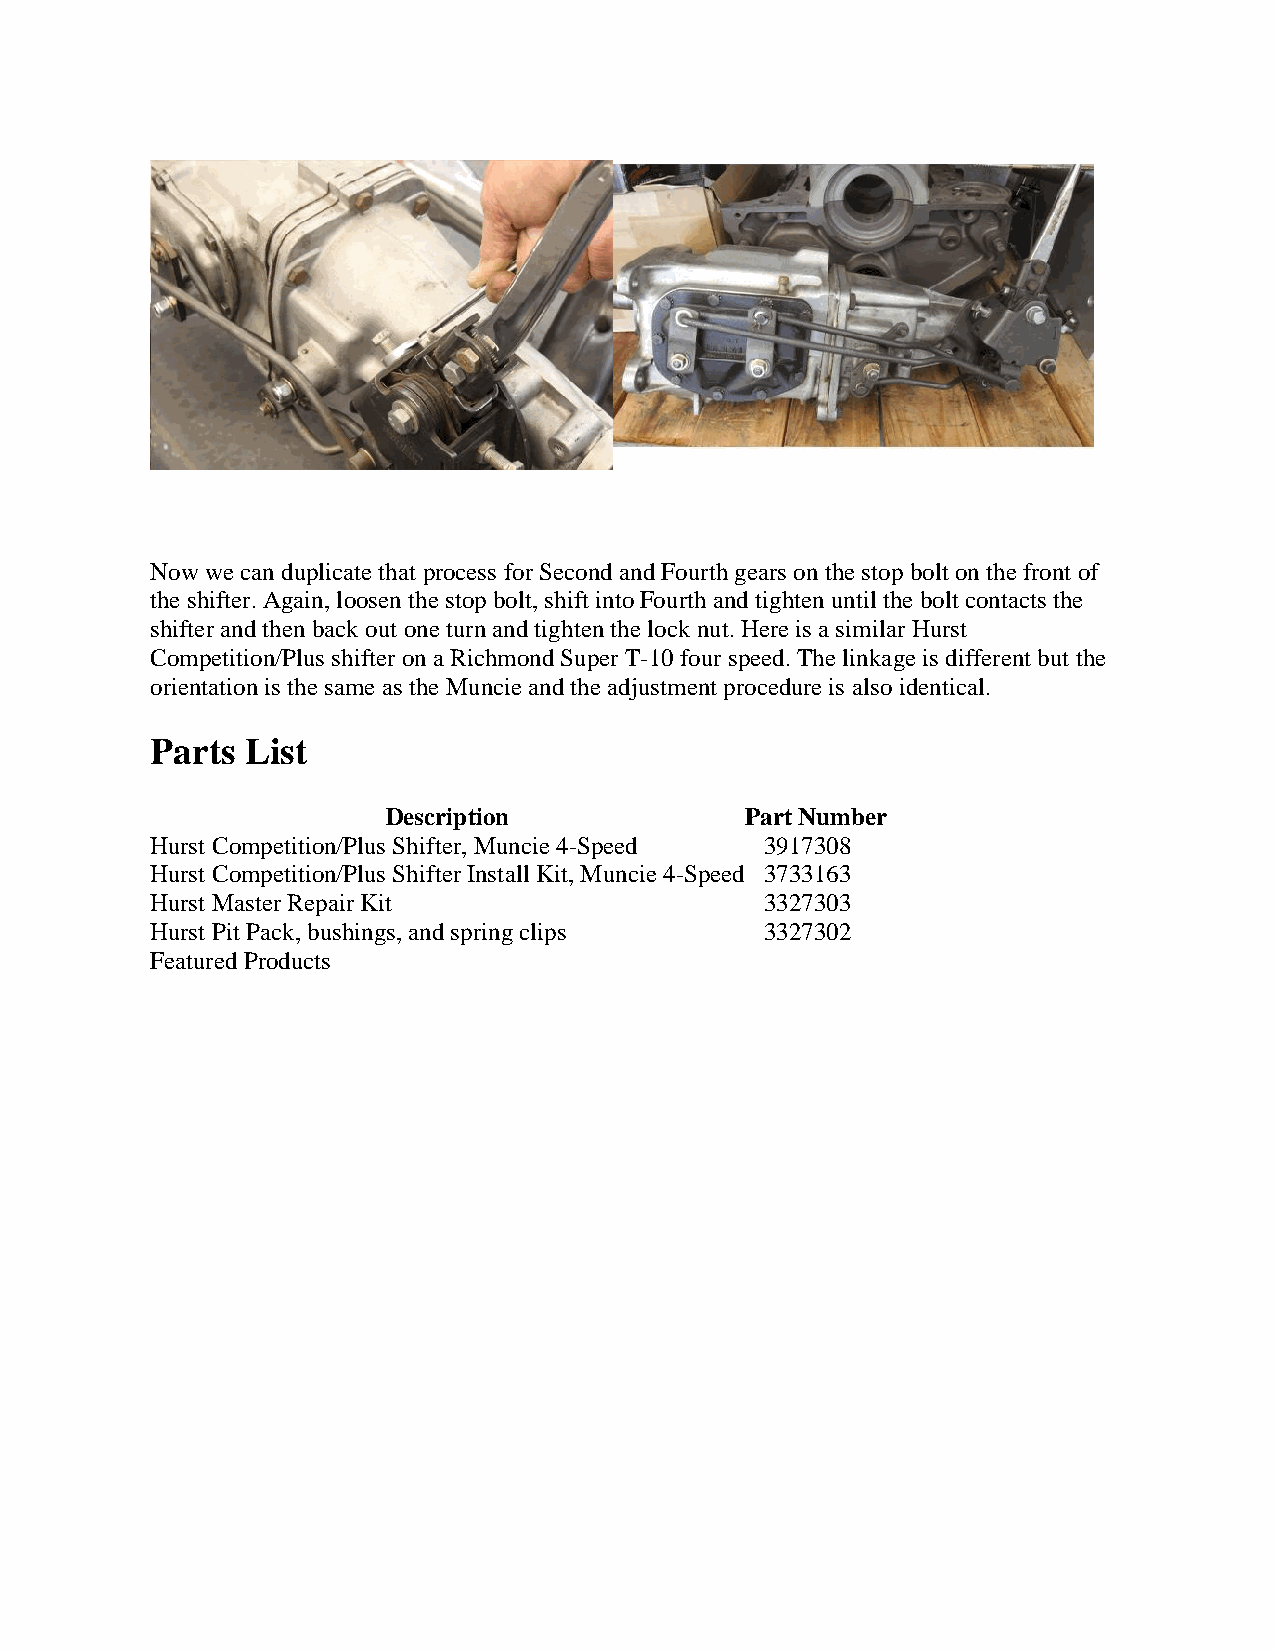
Now we can duplicate that process for Second and Fourth gears on the stop bolt on the front of
 the shifter. Again, loosen the stop bolt, shift into Fourth and tighten until the bolt contacts the
 shifter and then back out one turn and tighten the lock nut. Here is a similar Hurst
 Competition/Plus shifter on a Richmond Super T-10 four speed. The linkage is different but the
 orientation is the same as the Muncie and the adjustment procedure is also identical.
 Parts List
 Description            Part Number
 Hurst Competition/Plus Shifter, Muncie 4-Speed 3917308
 Hurst Competition/Plus Shifter Install Kit, Muncie 4-Speed 3733163
 Hurst Master Repair Kit                  3327303
 Hurst Pit Pack, bushings, and spring clips 3327302
 Featured Products